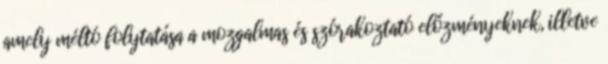
amely méltó folytatása a mozgalmas és szórakoztató előzményeknek, illetve